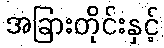
အခြားတိုင်းနှင့်